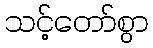
သင့်တော်စွာ